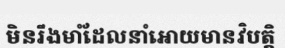
មិនរឹងមាំដែលនាំអោយមានវិបត្តិ